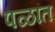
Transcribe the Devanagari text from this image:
पळांत